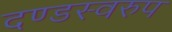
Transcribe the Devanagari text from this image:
दण्डस्वरुप